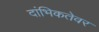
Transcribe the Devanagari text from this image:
दांभिकतेवर